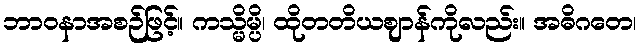
ဘာဝနာအစဉ်ဖြင့်။ ကသ္မိမ္ပိ၊ ထိုတတိယဈာန်ကိုလည်း။ အဓိဂတေ၊